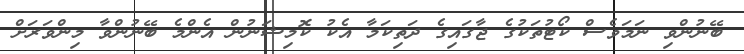
ބޭނުންވި ނަމަވެސް ކޯޓުތަކުގެ ޖާގައިގެ ދަތިކަމާ އެކު ކޮމިޝަނުން އެންމެ ބޭނުންވާ މިންވަރަށް